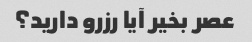
عصر بخیر آیا رزرو دارید؟